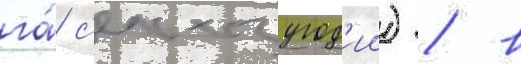
га́ с'ельхозугод'ии) / в